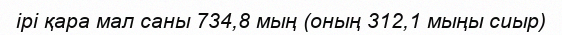
ірі қара мал саны 734,8 мың (оның 312,1 мыңы сиыр)